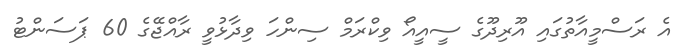
އެ ރަސްމީއާތުގައި އޫރިދޫގެ ސީއީއޯ ވިކްރަމް ސިންހަ ވިދާޅުވީ ރާއްޖޭގެ 60 ޕަސަންޓު